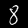
Digit: 8